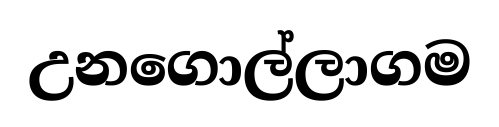
උනගොල්ලාගම